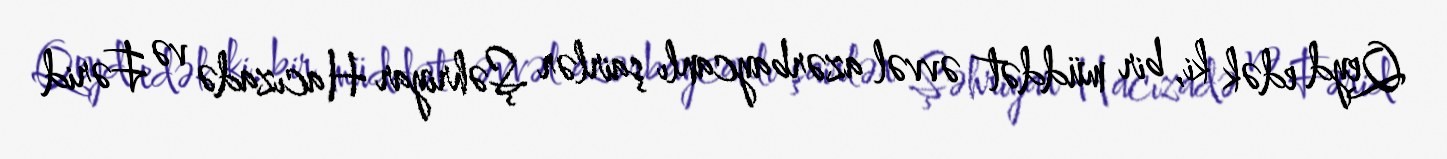
Qeyd edək ki, bir müddət əvvəl azərbaycanlı şairlər Şəhriyar Hacızadə və Fərid